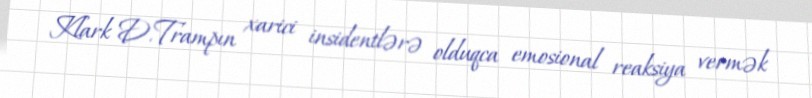
Klark D.Trampın xarici insidentlərə olduqca emosional reaksiya vermək